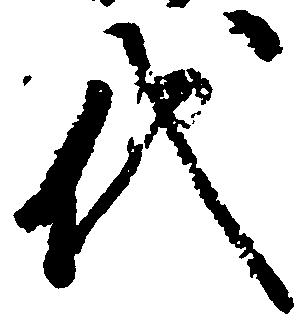
代